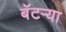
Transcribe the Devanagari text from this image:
बॅटर्‍या